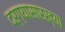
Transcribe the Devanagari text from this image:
दर्ग्यासारख्या